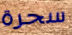
سحرة